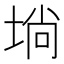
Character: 埫